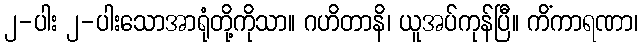
၂-ပါး ၂-ပါးသောအာရုံတို့ကိုသာ။ ဂဟိတာနိ၊ ယူအပ်ကုန်ပြီ။ ကိံကာရဏာ၊